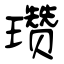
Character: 瓒